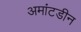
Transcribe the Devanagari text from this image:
अमांटडीन